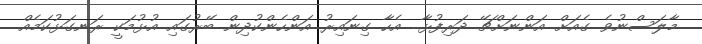
މާލަސްނުވެ ގެއަަށް އަންނަށްޗޭ ދަރިފުޅާ.. އެހާ ގިނައިރު އަންހެންކުދިން ބޭރުގައި އުޅުމަކީ ރަނގަޅުކަމެއް